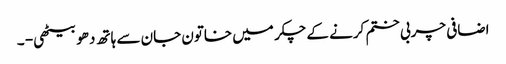
اضافی چربی ختم کرنے کے چکر میں خاتون جان سے ہاتھ دھو بیٹھی - ۔